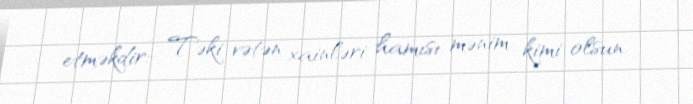
etməkdir:- Təki vətən xainləri hamısı mənim kimi olsun.